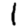
Digit: 1